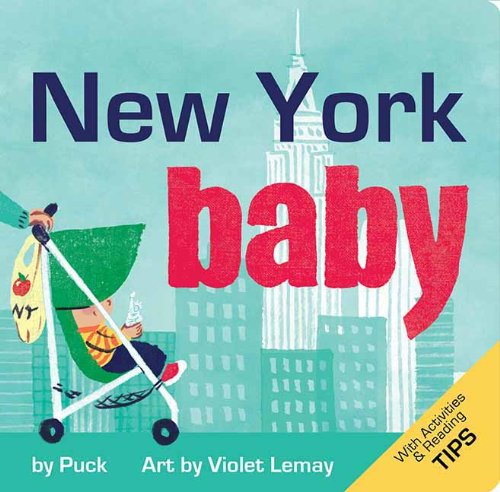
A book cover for New York Baby: A Local Baby Book (Local Baby Books); Puck; Children's Books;